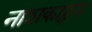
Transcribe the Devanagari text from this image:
नाशकाहून